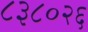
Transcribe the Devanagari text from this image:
८३८०२६